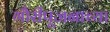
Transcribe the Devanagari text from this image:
गौरीपूजनाच्या